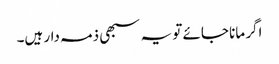
اگر مانا جائے تو یہ سبھی ذمہ دار ہیں۔